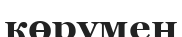
көрумен